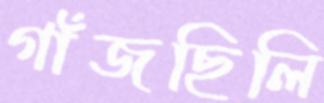
গাঁজছিলি